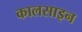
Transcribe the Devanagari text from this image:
कालसाइन